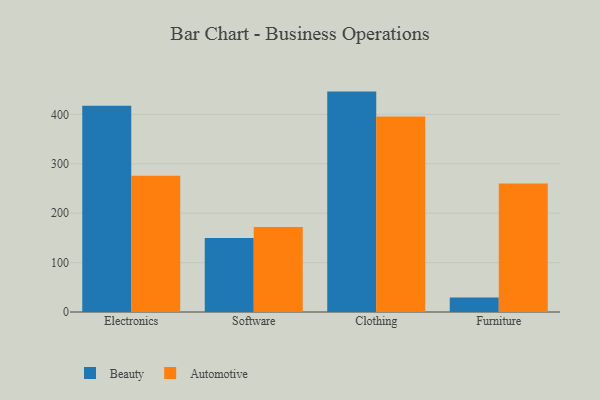
{"axis": {"x": "Category", "y": "Customer Acquisition Cost (USD)"}, "legend": ["Automotive", "Beauty"], "data": [{"x": "Electronics", "y": 417.5, "type": "Beauty"}, {"x": "Electronics", "y": 275.9, "type": "Automotive"}, {"x": "Software", "y": 149.8, "type": "Beauty"}, {"x": "Software", "y": 172.0, "type": "Automotive"}, {"x": "Clothing", "y": 446.1, "type": "Beauty"}, {"x": "Clothing", "y": 395.8, "type": "Automotive"}, {"x": "Furniture", "y": 29.3, "type": "Beauty"}, {"x": "Furniture", "y": 259.9, "type": "Automotive"}]}